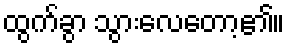
ထွက်ခွာ သွားလေတော့၏။